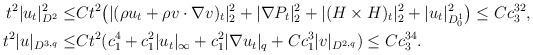
LaTeX: \begin{align*}t^2|u_{t}|^2_{D^2}\leq& Ct^2\big(|(\rho u_t+\rho v\cdot \nabla v)_t|^2_{2} +|\nabla P_t|^2_{2}+|(H\times H)_t|^2_{2}+|u_t|^2_{D^1_0}\big) \leq Cc^{32}_3,\\t^2|u|_{D^{3,q}}\leq & Ct^2(c^4_1+c^2_1|u_t|_\infty+c^2_1|\nabla u_t|_q+Cc^3_1|v|_{D^{2,q}})\leq Cc^{34}_3.\end{align*}